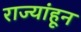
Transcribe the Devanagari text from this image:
राज्यांहून